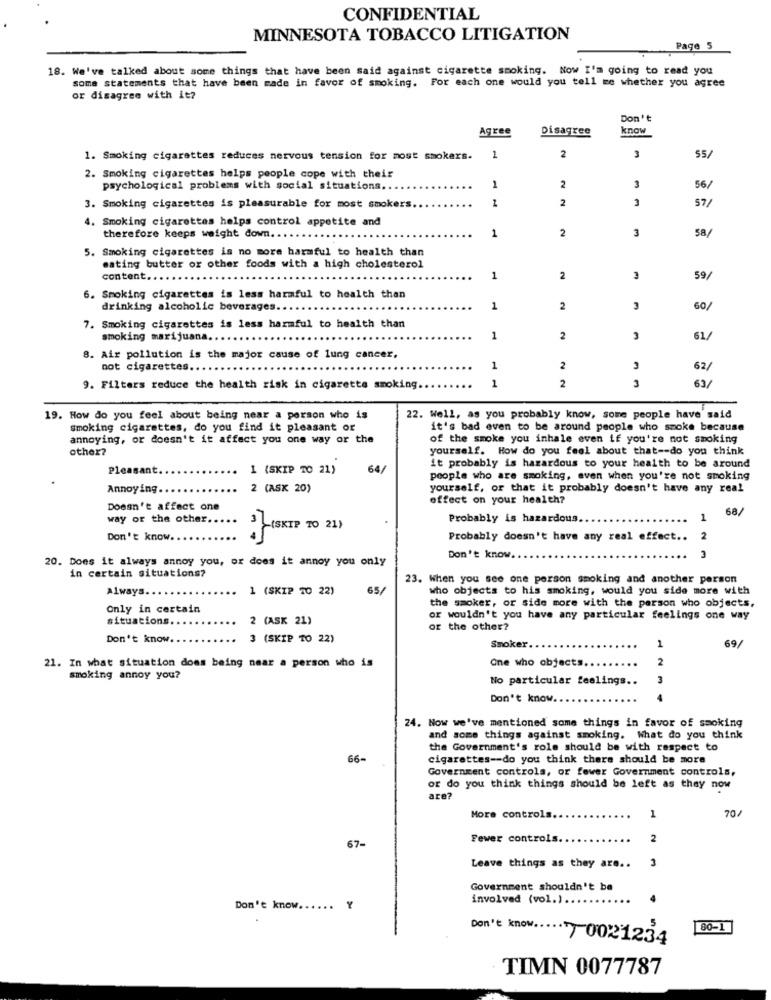
CONFIDENTIAL
MINNESOTA TOBACCO LITIGATION
Page 5
18. We've talked about some things that have been said against cigarette smoking. Now I'm going to read you
some statements that have been made in favor of smoking. For each one would you tell me whether you agree
or disagree with it?
Don't
Agree
Disagree
know
1. Smoking cigarettes reduces nervous tension for most smokers.
1
2
3
55/
2. Smoking cigarettes helps people cope with their
psychological problems with social situations ..
1
2
3
56/
2
3
57/
3. Smoking cigarettes is pleasurable for most smokers
4. Smoking cigarettes helps control appetite and
1
2
3
58/
therefore keeps weight down. .
5. Smoking cigarettes is no more harmful to health than
eating butter or other foods with a high cholesterol
content ...
1
2
59/
6. Smoking cigarettes is less harmful to health than
drinking alcoholic beverages.
1
2
3
60/
7. Smoking cigarettes is less harmful to health than
smoking marijuana.
1
2
3
61/
8. Air pollution is the major cause of lung cancer,
not cigarettes.
1
2
62/
1
2
3
63/
9. Filters reduce the health risk in cigarette smoking.
-
19. How do you feel about being near a person who is
22. Well, as you probably know, some people have said
smoking cigarettes, do you find it pleasant or
it's bad even to be around people who smoke because
annoying, or doesn't it affect you one way or the
of the smoke you inhale even if you're not smoking
other?
yourself. How do you feel about that -- do you think
Pleasant
1 (SKIP TO 21)
64/
it probably is hazardous to your health to be around
people who are smoking, even when you're not smoking
Annoying
2 (ASK 20)
yourself, or that it probably doesn't have any real
effect on your health?
Doesn't affect on
68/
way of the other.
Probably is hazardous.
1
3 (SKIP TO 21)
Don't know ..
Probably doesn't have any real effect ..
2
20. Does it always annoy you, or does it annoy you only
Don't know.
3
in certain situations?
23. When you see one person smoking and another person
Always.
1 (SKIP TO 22)
65/
who objects to his smoking, would you side more with
the smoker, or side more with the person who objects,
Only in certain
situations.
2 (ASK 21)
or wouldn't you have any particular feelings one way
or the other?
Don't know ..
(SKIP TO 22)
69/
Smoker.
1
2
21. In what situation does being near a person who is
One who objects.
smoking annoy you?
No particular feelings ..
3
Don't know.
24. Now we've mentioned some things in favor of smoking
and some things against smoking. What do you think
the Government's role should be with respect to
66-
cigarettes -- do you think there should be more
Government controls, or fewer Government controls,
or do you think things should be left as they now
are?
70/
More controls.
1
Fewer controls.
2
67-
3
Leave things as they are ..
Government shouldn't be
involved (vol.)
Don't know ......
Y
Don't know ..
80-1
T0021234
TIMN 0077787